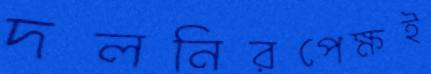
দলনিরপেক্ষই